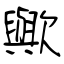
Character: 歟